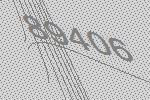
89406